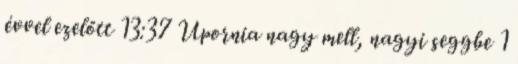
évvel ezelőtt 13:37 Upornia nagy mell, nagyi seggbe 1